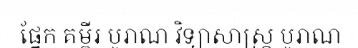
ផ្នែក គម្ពីរ បូរាណ វិទ្យាសាស្ត្រ បូរាណ